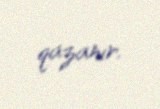
qazanır.